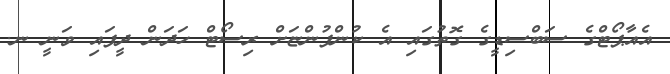
އެއާޕޯޓްގެ ސަބްސިޑީގެ ގޮތުގައި އެ ކުންފުންޏަށް ރިސޯޓް ހަދަން ދީފައި ވަނީ ނ.